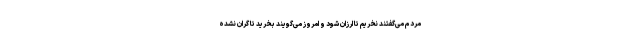
مردم می‌گفتند نخریم تا ارزان شود و امروز می‌گویند بخرید تا گران نشده